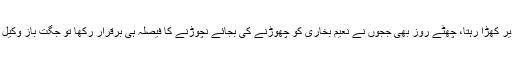
مفت کا وکیل آخر عمران خان کیلئے کتنی دیر کھڑا رہتا، چھٹے روز بھی ججوں نے نعیم بخاری کو چھوڑنے کی بجائے نچوڑنے کا فیصلہ ہی برقرار رکھا تو جگت باز وکیل نے بیماری کا بہانہ بنا کر رخصت لے لی۔